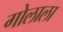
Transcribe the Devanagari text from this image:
गोलाला